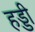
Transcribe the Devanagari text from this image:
हड्‍डी